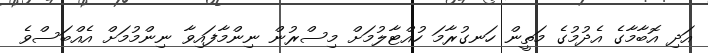
އަދި އޮބާމާގެ އެދުމުގެ މަތީން ހަނގުރާމަ ހުއްޓާލުމަށް މިސްރުން ނިންމާފައިވާ ނިންމުމަށް އެއްބަސްވެ